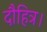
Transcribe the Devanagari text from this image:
दौहित्र।